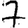
Digit: 7